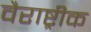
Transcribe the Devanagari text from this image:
वैराष्ट्रीक